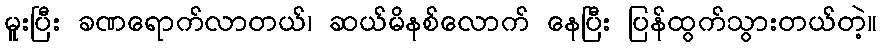
မူးပြီး ခဏရောက်လာတယ်၊ ဆယ်မိနစ်လောက် နေပြီး ပြန်ထွက်သွားတယ်တဲ့။